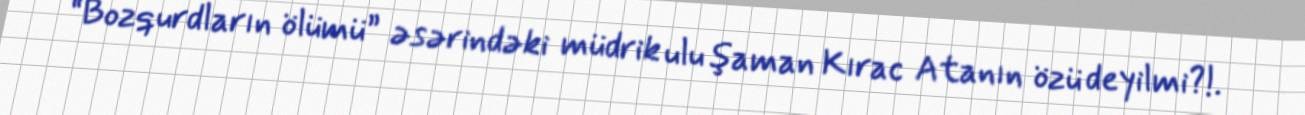
“Bozqurdların ölümü” əsərindəki müdrik ulu şaman Kırac Atanın özü deyilmi?!.